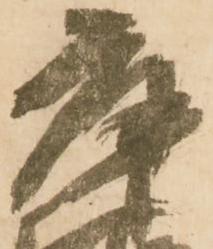
庫